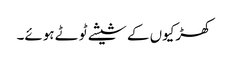
کھڑکیوں کے شیشے ٹوٹے ہوئے۔